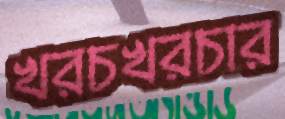
খরচখরচার